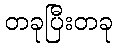
တခုပြီးတခု